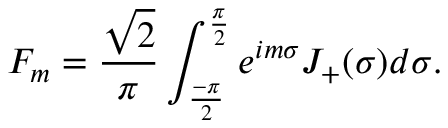
F _ { m } = \frac { \sqrt { 2 } } { \pi } \int _ { \frac { - \pi } { 2 } } ^ { \frac { \pi } { 2 } } e ^ { i m \sigma } J _ { + } ( \sigma ) d \sigma .